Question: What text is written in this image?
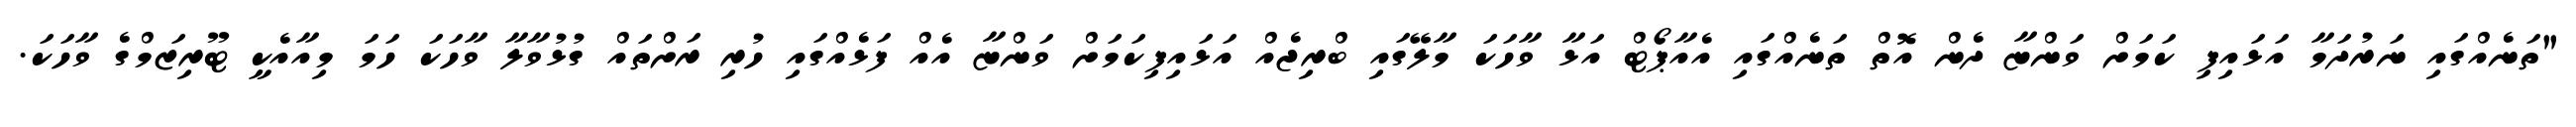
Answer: "ތަނެއްގައި ނަރުދަމާ އަޅައިފި ކަމަށް ވަންޏާ ދެން އޮތް ތަނެއްގައި އެއާޕޯޓް އަޅާ ވާހަކަ މާލޭގައި ބްރިޖެއް އަޅައިފިކަމަށް ވަންޏާ އެއް ފަޅެއްގައި ހުރި ރަށްތައް ގުޅުވާލާ ވާހަކަ ހަމަ މިއާއެކީ ޓޫރިޒަމްގެ ވާހަކަ.